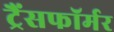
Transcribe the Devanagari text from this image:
ट्रैंसफॉर्मर